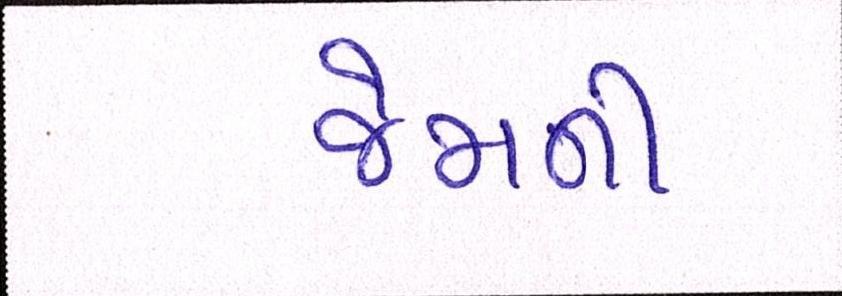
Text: જેમની